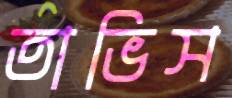
তাভিস